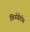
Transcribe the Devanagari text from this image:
विनोग्रेडोव